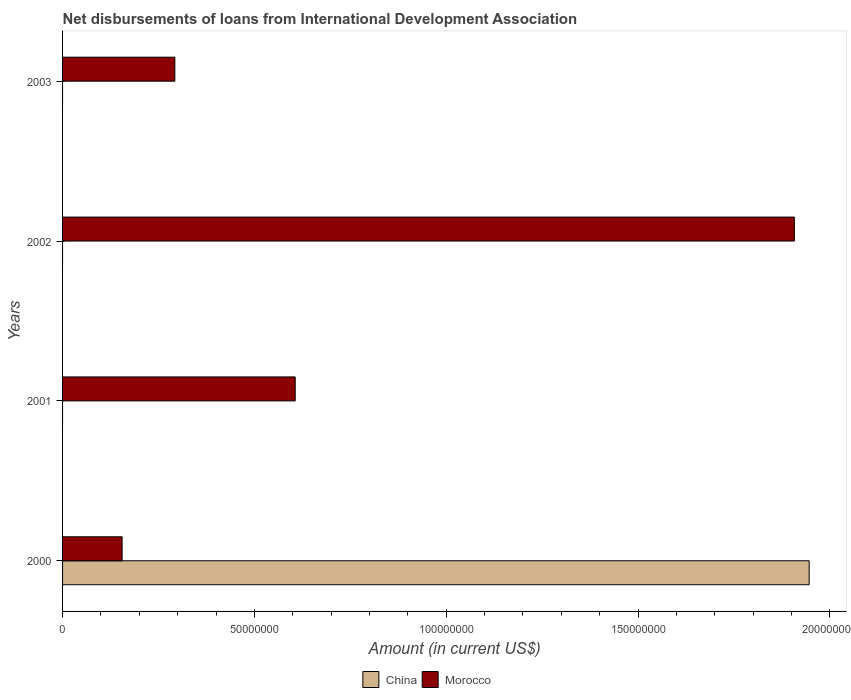
| Years | China | Morocco |
 | --- | --- | --- |
 | 2000 | 1.95e+08 | 1.55e+07 |
 | 2001 | -1.38e+08 | 6.06e+07 |
 | 2002 | -1.49e+07 | 1.91e+08 |
 | 2003 | -1.38e+07 | 2.93e+07 |